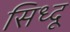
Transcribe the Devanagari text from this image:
सिध्दू